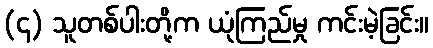
(၄) သူတစ်ပါးတို့က ယုံကြည်မှု ကင်းမဲ့ခြင်း။